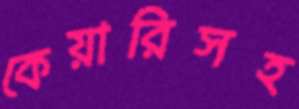
কেয়ারিসহ